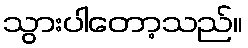
သွားပါတော့သည်။